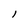
Character: 1